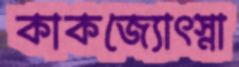
কাকজ্যোৎস্না